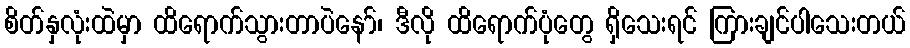
စိတ်နှလုံးထဲမှာ ထိရောက်သွားတာပဲနော်၊ ဒီလို ထိရောက်ပုံတွေ ရှိသေးရင် ကြားချင်ပါသေးတယ်